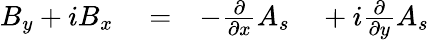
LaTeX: \begin{array}{rlrl}{B_{y}+iB_{x}}&{{}=}&{-\frac{\partial}{\partial x}A_{s}}&{{}+i\frac{\partial}{\partial y}A_{s}}\end{array}